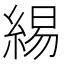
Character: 緆